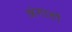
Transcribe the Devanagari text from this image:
अंगाठों